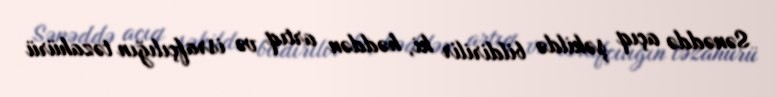
Sənəddə açıq şəkildə bildirilir ki, həddən artıq və israfçılığın təzahürü